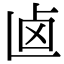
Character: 𠧟